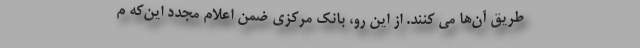
طریق آن‌ها می کنند. از این رو، بانک مرکزی ضمن اعلام مجدد این‌که م